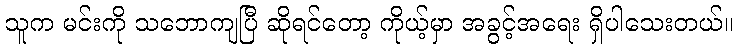
သူက မင်းကို သဘောကျပြီ ဆိုရင်တော့ ကိုယ့်မှာ အခွင့်အရေး ရှိပါသေးတယ်။